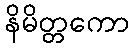
နိမိတ္တကော